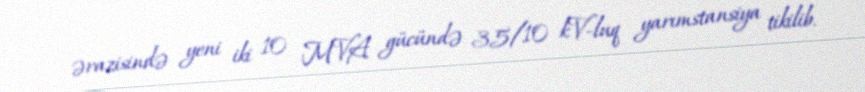
ərazisində yeni iki 10 MVA gücündə 35/10 kV-luq yarımstansiya tikilib.